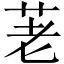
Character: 荖